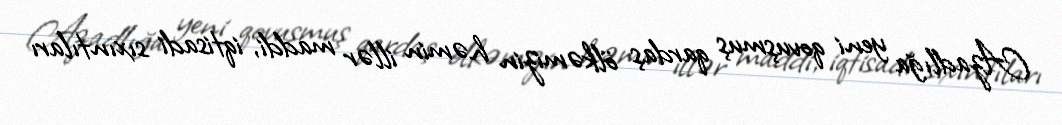
Azadlığa yeni qovuşmuş qardaş ölkəmizin həmin illər maddi, iqtisadi sıxıntıları